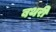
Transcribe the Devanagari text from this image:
बथरी